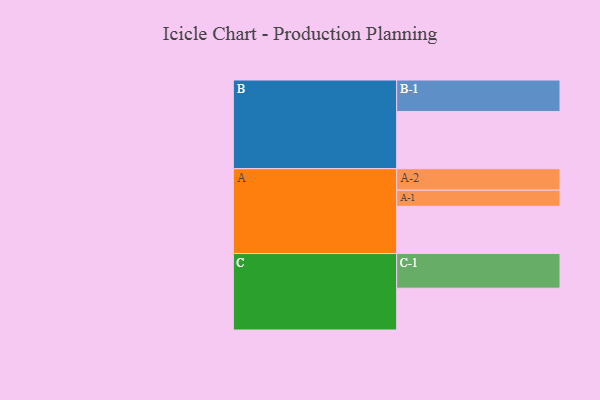
{"axis": {"x": "Segment", "y": "Value"}, "legend": ["", "A", "B", "C"], "data": [{"x": "A", "y": 401, "type": ""}, {"x": "B", "y": 486, "type": ""}, {"x": "C", "y": 355, "type": ""}, {"x": "A-1", "y": 137, "type": "A"}, {"x": "A-2", "y": 182, "type": "A"}, {"x": "B-1", "y": 267, "type": "B"}, {"x": "C-1", "y": 294, "type": "C"}]}